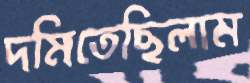
দমিতেছিলাম